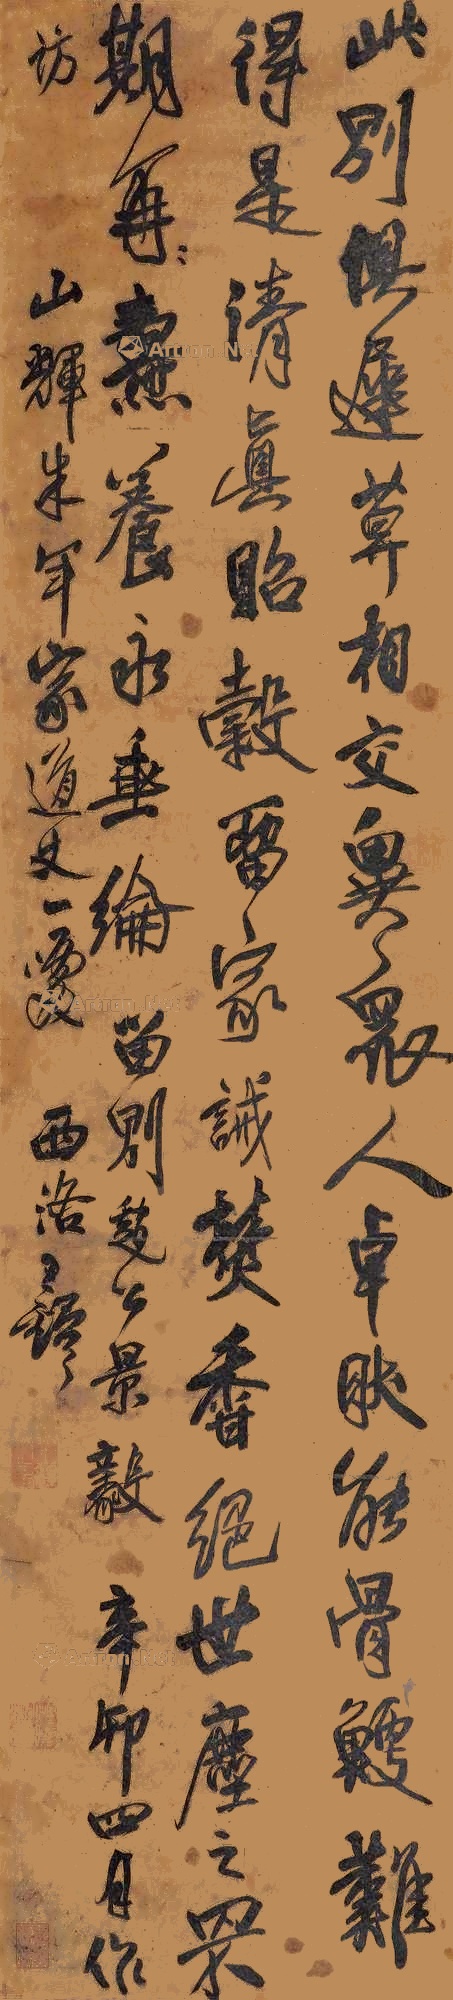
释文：此别俱迟暮，相交异众人。卓然能骨鲠，难得是清真。贻谷留家诫，焚香绝世尘，之罘期焘养，永垂纶。留别赵公景毅。辛卯四月作访山辉朱年家道丈一噱，西洛王铎。